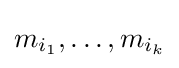
m_{i_{1}},\ldots ,m_{i_{k}}